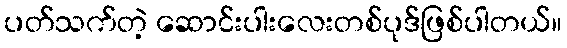
ပတ်သက်တဲ့ ဆောင်းပါးလေးတစ်ပုဒ်ဖြစ်ပါတယ်။